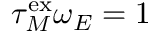
\tau _ { M } ^ { \mathrm { e x } } \omega _ { E } = 1